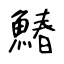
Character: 鰆